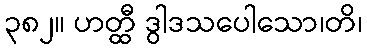
၃၈၂။ ဟတ္ထီ ဒွါဒသပေါသော၊တိ၊